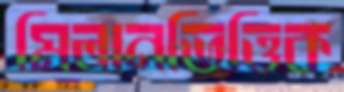
মিলানভিত্তিক